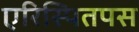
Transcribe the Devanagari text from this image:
एरिस्पितपस